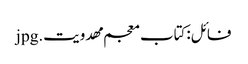
فائل:کتاب معجم مهدویت.jpg